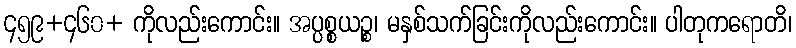
၄၅၉+၄၆၀+ ကိုလည်းကောင်း။ အပ္ပစ္စယဉ္စ၊ မနှစ်သက်ခြင်းကိုလည်းကောင်း။ ပါတုကရောတိ၊